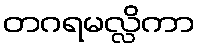
တဂရမလ္လိကာ